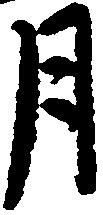
月